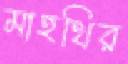
মাহথির